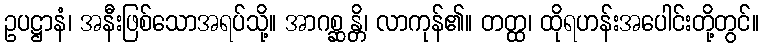
ဥပဋ္ဌာနံ၊ အနီးဖြစ်သောအရပ်သို့။ အာဂစ္ဆန္တိ၊ လာကုန်၏။ တတ္ထ၊ ထိုရဟန်းအပေါင်းတို့တွင်။